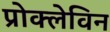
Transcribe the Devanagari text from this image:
प्रोक्लेविन